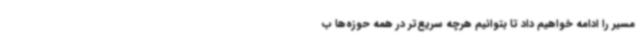
مسیر را ادامه خواهیم داد تا بتوانیم هرچه سریع‌تر در همه حوزه‌ها ب